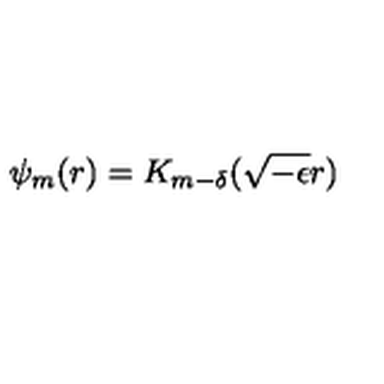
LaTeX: \psi _ { m } ( r ) = K _ { m - \delta } ( \sqrt { - \epsilon } r ) \,